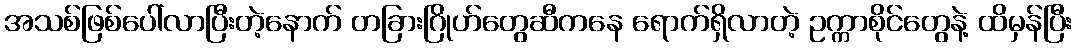
အသစ်ဖြစ်ပေါ်လာပြီးတဲ့နောက် တခြားဂြိုဟ်တွေဆီကနေ ရောက်ရှိလာတဲ့ ဥက္ကာစိုင်တွေနဲ့ ထိမှန်ပြီး